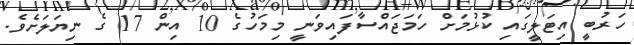
ހަރުބީ އިޓަލީގައި ކުޅުމަށް ހަމަޖައްސާފައިވަނީ މިމަހުގެ 10 އިން 17 ގެ ނިޔަލަށެވެ.